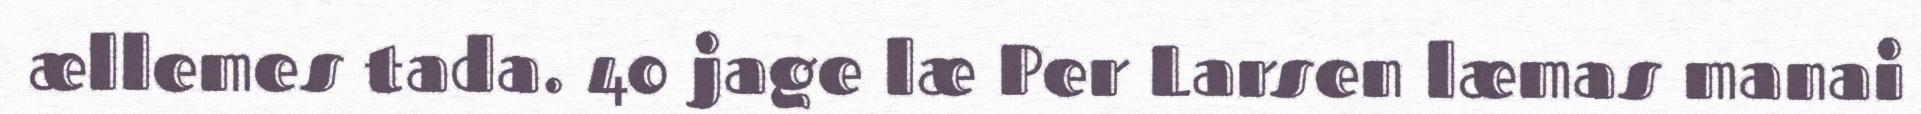
ællemes tada. 40 jage læ Per Larsen læmas manai